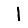
Digit: 1